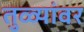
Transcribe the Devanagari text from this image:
तुळ्यांवर